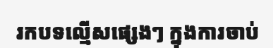
រកបទល្មើសផ្សេងៗ ក្នុងការចាប់